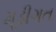
મૂડીગત